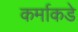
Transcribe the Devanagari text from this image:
कर्माकडे